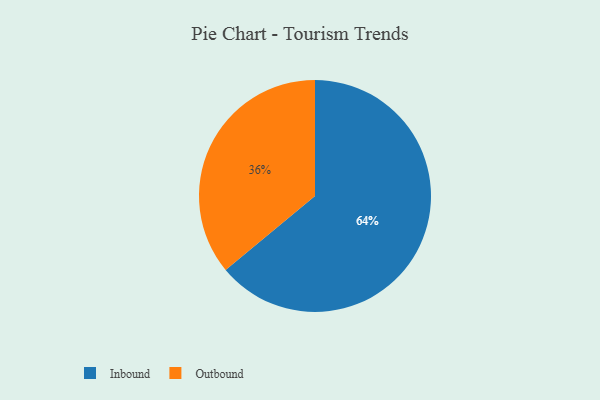
{"axis": {"x": "Category", "y": "Percentage"}, "legend": ["Inbound", "Outbound"], "data": [{"x": "Outbound", "y": 36, "type": "Outbound"}, {"x": "Inbound", "y": 64, "type": "Inbound"}]}